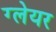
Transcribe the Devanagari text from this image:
ग्‍लेयर